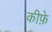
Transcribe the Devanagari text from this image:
कीफ़े